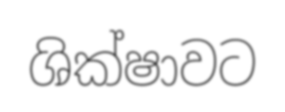
ශික්ෂාවට